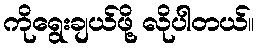
ကိုရွေးချယ်ဖို့ လိုပါတယ်။